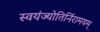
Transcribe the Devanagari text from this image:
स्वयंज्योतिर्निरामयम्